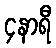
၄နာရီ